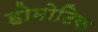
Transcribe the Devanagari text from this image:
होमोटिक